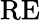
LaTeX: \mathrm{RE}